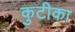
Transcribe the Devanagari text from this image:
कुटीका